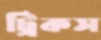
ট্রিকস